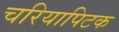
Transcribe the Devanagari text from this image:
चरियापिटक